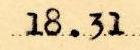
18.31